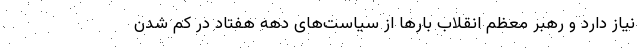
نیاز دارد و رهبر معظم انقلاب بارها از سیاست‌های دهه هفتاد در کم شدن